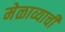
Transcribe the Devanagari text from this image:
मेळाव्याची